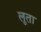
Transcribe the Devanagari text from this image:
लूता